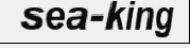
sea-king